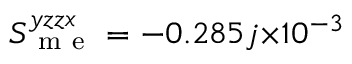
S _ { \mathrm { ~ m ~ e ~ } } ^ { y z z x } = - 0 . 2 8 5 j { \times } 1 0 ^ { - 3 }